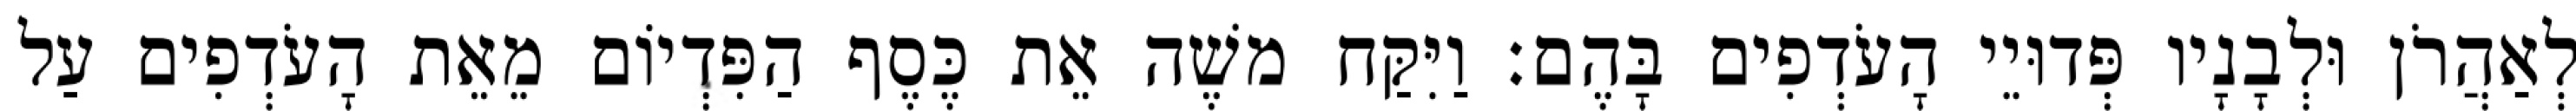
לְאַהֲרֹן וּלְבָנָיו פְּדוּיֵי הָעֹדְפִים בָּהֶם׃ וַיִּקַּח משֶׁה אֵת כֶּסֶף הַפִּדְיוֹם מֵאֵת הָעֹדְפִים עַל